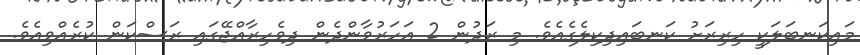
މައިކަނބަލަކީ ހިރިރަށު ކަނބައިދިކިލެގެއެވެ. މި ރަދުން 2 އަހަރުވާންދެން ދިވެހިރާއްޖޭގައި ރަސްކަން ކުރެއްވިއެވެ.